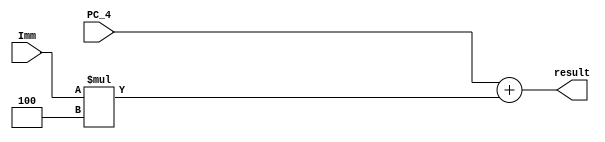
`timescale 1 ns / 1 ps
module Adder_Branch (PC_4, Imm, result); 
 
input [31:0] PC_4; 
input [31:0] Imm; 
 
output [31:0] result;  	 

assign result=PC_4+(Imm*4); 	 
 
endmodule